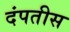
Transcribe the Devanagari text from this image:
दंपतीस